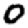
Digit: 0